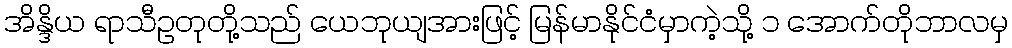
အိန္ဒိယ ရာသီဥတုတို့သည် ယေဘုယျအားဖြင့် မြန်မာနိုင်ငံမှာကဲ့သို့ ၁ အောက်တိုဘာလမှ